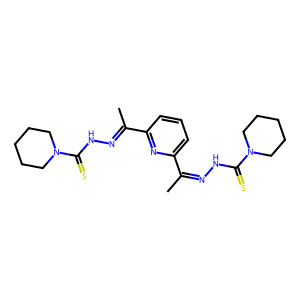
SMILES: CC(=NNC(=S)N1CCCCC1)c1cccc(C(C)=NNC(=S)N2CCCCC2)n1
Inhibits HIV replication: No